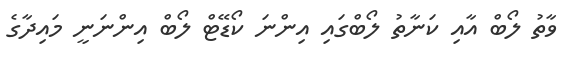
ވާތު ލޯބް އާއި ކަނާތު ލޯބްގައި އިންނަ ކޯޑޭޓް ލޯބް އިންނަނީ މައިދާގެ